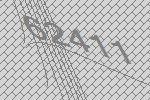
62411